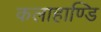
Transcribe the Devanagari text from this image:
कलाहाण्डि